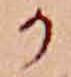
か